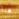
هنا